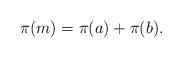
LaTeX: \begin{align*}\pi(m)=\pi(a)+\pi(b).\end{align*}